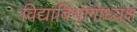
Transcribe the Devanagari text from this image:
विद्याविभागाध्यक्ष